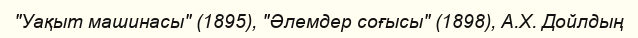
"Уақыт машинасы" (1895), "Әлемдер соғысы" (1898), А.Х. Дойлдың